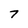
Character: 7